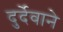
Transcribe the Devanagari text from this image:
दुर्देवाने